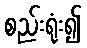
စည်းရုံး၍